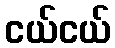
ငယ်ငယ်